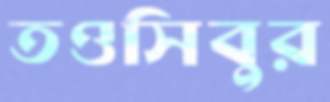
তওসিবুর